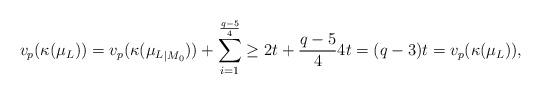
LaTeX: \begin{align*}v_p(\kappa(\mu_L))=v_p(\kappa({\mu_L}_{\vert M_0}))+\sum_{i=1}^{\frac{q-5}{4}}\geq2t+{\frac{q-5}{4}}4t=(q-3)t= v_p(\kappa(\mu_L)),\end{align*}